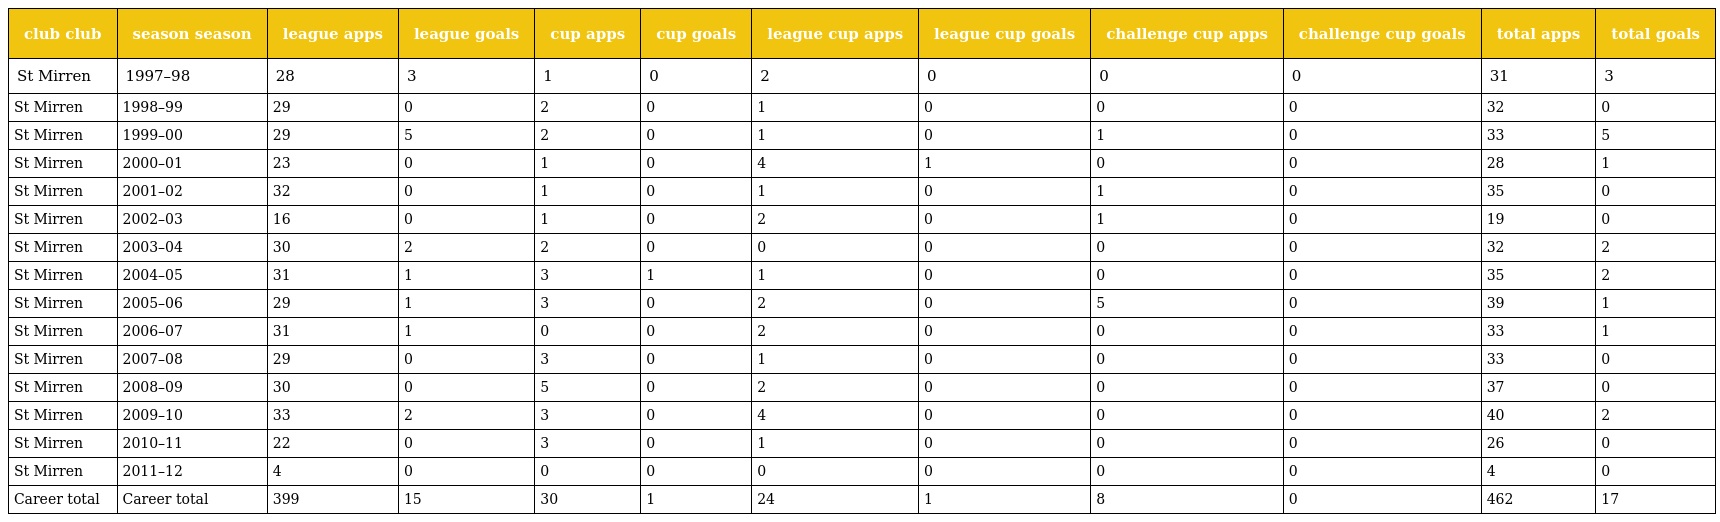
| club club | season season | league apps | league goals | cup apps | cup goals | league cup apps | league cup goals | challenge cup apps | challenge cup goals | total apps | total goals |
 | --- | --- | --- | --- | --- | --- | --- | --- | --- | --- | --- | --- |
 | St Mirren | 1997–98 | 28 | 3 | 1 | 0 | 2 | 0 | 0 | 0 | 31 | 3 |
 | St Mirren | 1998–99 | 29 | 0 | 2 | 0 | 1 | 0 | 0 | 0 | 32 | 0 |
 | St Mirren | 1999–00 | 29 | 5 | 2 | 0 | 1 | 0 | 1 | 0 | 33 | 5 |
 | St Mirren | 2000–01 | 23 | 0 | 1 | 0 | 4 | 1 | 0 | 0 | 28 | 1 |
 | St Mirren | 2001–02 | 32 | 0 | 1 | 0 | 1 | 0 | 1 | 0 | 35 | 0 |
 | St Mirren | 2002–03 | 16 | 0 | 1 | 0 | 2 | 0 | 1 | 0 | 19 | 0 |
 | St Mirren | 2003–04 | 30 | 2 | 2 | 0 | 0 | 0 | 0 | 0 | 32 | 2 |
 | St Mirren | 2004–05 | 31 | 1 | 3 | 1 | 1 | 0 | 0 | 0 | 35 | 2 |
 | St Mirren | 2005–06 | 29 | 1 | 3 | 0 | 2 | 0 | 5 | 0 | 39 | 1 |
 | St Mirren | 2006–07 | 31 | 1 | 0 | 0 | 2 | 0 | 0 | 0 | 33 | 1 |
 | St Mirren | 2007–08 | 29 | 0 | 3 | 0 | 1 | 0 | 0 | 0 | 33 | 0 |
 | St Mirren | 2008–09 | 30 | 0 | 5 | 0 | 2 | 0 | 0 | 0 | 37 | 0 |
 | St Mirren | 2009–10 | 33 | 2 | 3 | 0 | 4 | 0 | 0 | 0 | 40 | 2 |
 | St Mirren | 2010–11 | 22 | 0 | 3 | 0 | 1 | 0 | 0 | 0 | 26 | 0 |
 | St Mirren | 2011–12 | 4 | 0 | 0 | 0 | 0 | 0 | 0 | 0 | 4 | 0 |
 | Career total | Career total | 399 | 15 | 30 | 1 | 24 | 1 | 8 | 0 | 462 | 17 |